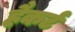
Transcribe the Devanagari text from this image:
हैकर्ट